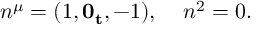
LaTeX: n ^ { \mu } = ( 1 , { \bf 0 _ { t } } , - 1 ) , \; \; \; \; n ^ { 2 } = 0 .